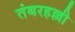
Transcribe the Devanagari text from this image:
तंबरहल्ली